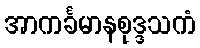
အာကင်္ခမာနစုဒ္ဒသကံ